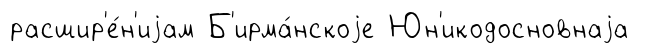
расшир'е́н'иjам Б'ирма́нскоjе Юн'икодосновнаjа